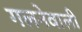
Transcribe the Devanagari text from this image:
गलनेवाली